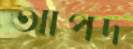
আপদ